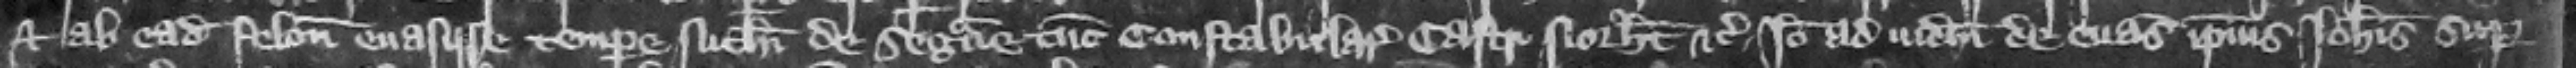
et ab eadem felonice euasisse tempore Nicolai de Segrave tunc constabularii castri Northamton etc. Ideo ad iudicium de euasione ipsius Iohannis super